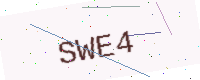
Text: SWE4